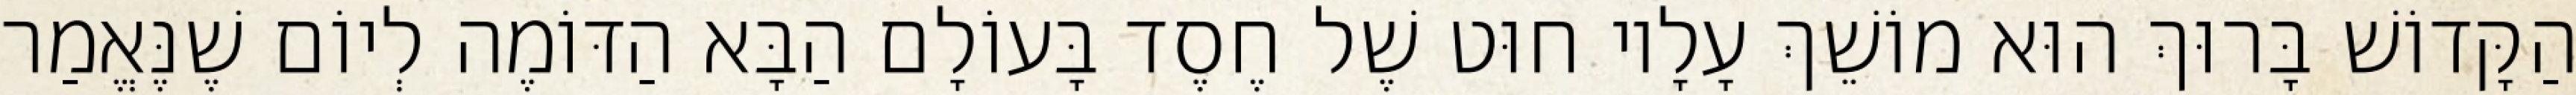
הַקָּדוֹשׁ בָּרוּךְ הוּא מוֹשֵׁךְ עָלָיו חוּט שֶׁל חֶסֶד בָּעוֹלָם הַבָּא הַדּוֹמֶה לְיוֹם שֶׁנֶּאֱמַר